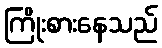
ကြိုးစားနေသည်